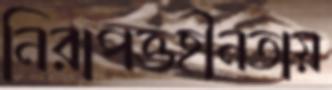
নিরাপত্তহীনতায়